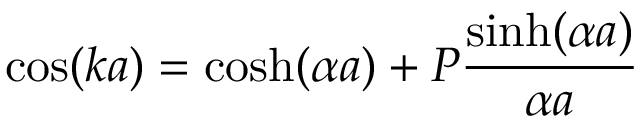
\cos ( k a ) = \cosh ( \alpha a ) + P { \frac { \sinh ( \alpha a ) } { \alpha a } }